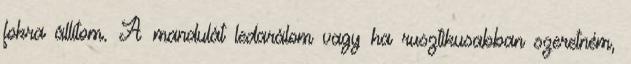
fokra állítom. A mandulát ledarálom vagy ha rusztikusabban szeretném,